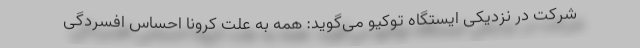
شرکت در نزدیکی ایستگاه توکیو می‌گوید: همه به علت کرونا احساس افسردگی